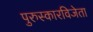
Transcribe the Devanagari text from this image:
पुरुस्कारविजेता